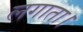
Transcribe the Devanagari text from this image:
लगाता।